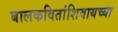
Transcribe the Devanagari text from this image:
बालकवितांशिवायच्या